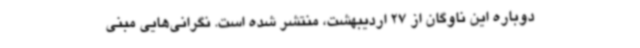
دوباره این ناوگان از 27 اردیبهشت، منتشر شده است. نگرانی‌هایی مبنی